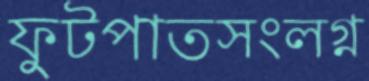
ফুটপাতসংলগ্ন